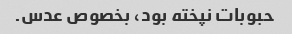
حبوبات نپخته بود، بخصوص عدس.